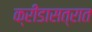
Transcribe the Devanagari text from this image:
क्रीडासत्रात